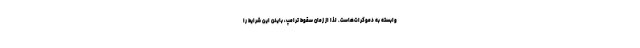
وابسته به دموکرات‌هاست. لذا از زمان سقوط ترامپ، بایدن این شرایط را